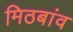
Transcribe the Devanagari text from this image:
मिठबांव